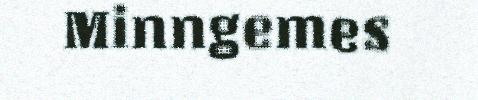
Minngemes